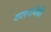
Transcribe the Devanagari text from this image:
वक्त्यांपैकी